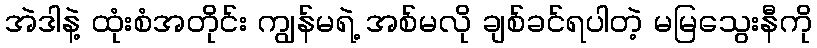
အဲဒါနဲ့ ထုံးစံအတိုင်း ကျွန်မရဲ့ အစ်မလို ချစ်ခင်ရပါတဲ့ မမြသွေးနီကို